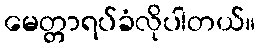
မေတ္တာရပ်ခံလိုပါတယ်။